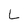
Character: L